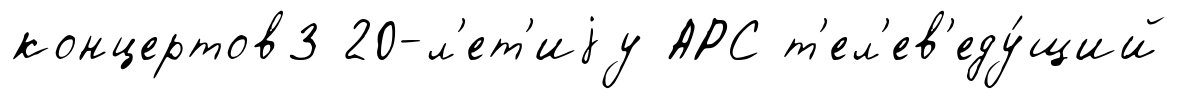
концертов3 20-л'ет'иjу АРС т'ел'ев'еду́щий